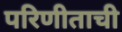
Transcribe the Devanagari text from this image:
परिणीताची